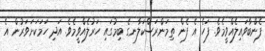
ފެންބާވައިލެއްވީމެވެ. ފަހެ އެ ފެން ތިމަންރަސްކަލާނގެ ބިމުގައި ހަރުލެއްވީމެވެ. އަދި ހަމަކަށަވަރުން އެ